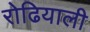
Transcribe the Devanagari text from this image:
रोढियाली